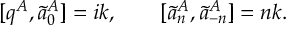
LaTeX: [ q ^ { A } , \tilde { a } _ { 0 } ^ { A } ] = i k , \qquad [ \tilde { a } _ { n } ^ { A } , \tilde { a } _ { - n } ^ { A } ] = n k .